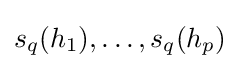
s_{q}(h_{1}),\dots ,s_{q}(h_{p})